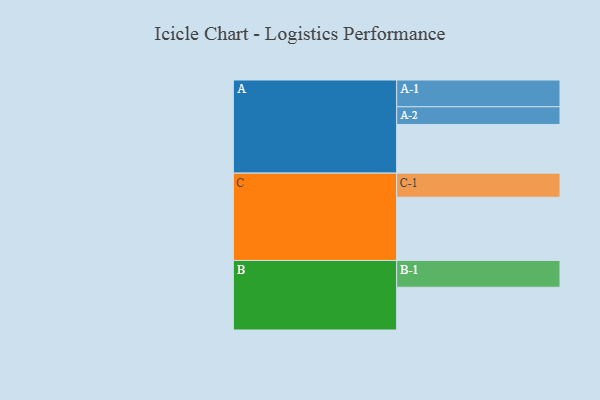
{"axis": {"x": "Segment", "y": "Value"}, "legend": ["", "A", "B", "C"], "data": [{"x": "A", "y": 353, "type": ""}, {"x": "B", "y": 310, "type": ""}, {"x": "C", "y": 458, "type": ""}, {"x": "A-1", "y": 194, "type": "A"}, {"x": "A-2", "y": 128, "type": "A"}, {"x": "B-1", "y": 194, "type": "B"}, {"x": "C-1", "y": 175, "type": "C"}]}